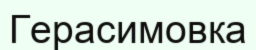
Герасимовка